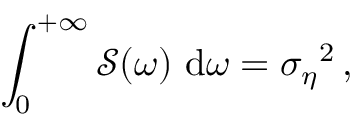
\int _ { 0 } ^ { + \infty } \mathcal { S } ( \omega ) \ \mathrm { d } \omega = { \sigma _ { \eta } } ^ { 2 } \, ,